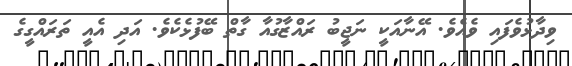
ވިދާޅުވެފައި ވެއެވެ. އޭނާއަކީ ނަޖީބު ރައްޒާގުއާ ގާތް ބޭފުޅެކެވެ. އަދި އެއީ ތަރައްގީގެ